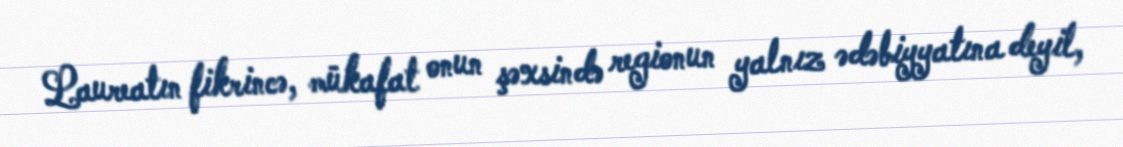
Laureatın fikrincə, mükafat onun şəxsində regionun yalnız ədəbiyyatına deyil,